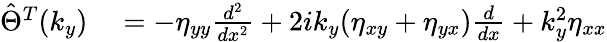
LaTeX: \begin{array}{rl}{\hat{\Theta}^{T}(k_{y})}&{{}=-\eta_{yy}\frac{d^{2}}{dx^{2}}+2ik_{y}(\eta_{xy}+\eta_{yx})\frac{d}{dx}+k_{y}^{2}\eta_{xx}}\end{array}